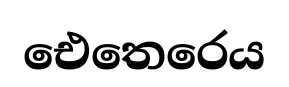
ඓතෙරෙය